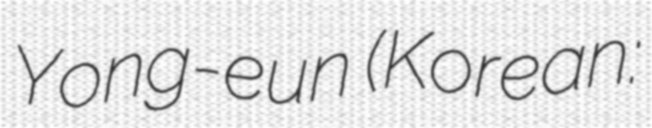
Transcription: Yong-eun (Korean: